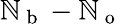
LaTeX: \mathbb{N}_{\mathrm{{~b~}}}-\mathbb{N}_{\mathrm{{~o~}}}